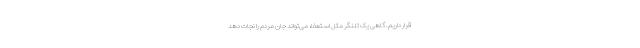
قرار داریم. گاهی یک تلنگر مثل استعفا، می‌تواند جان مردم را نجات دهد